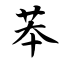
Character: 苯